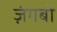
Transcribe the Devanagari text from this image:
ज़ंगबो